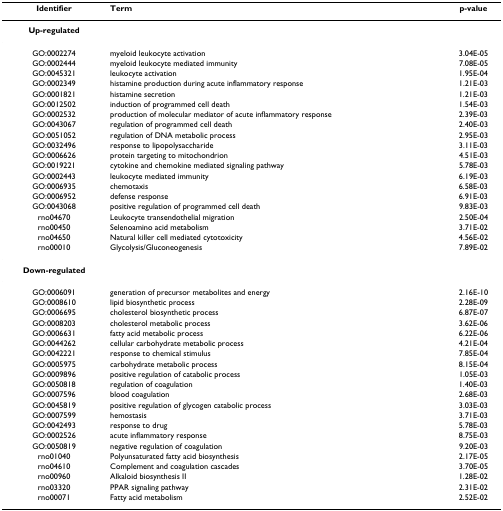
<table><thead><tr><td><b>Identifier</b></td><td><b>Term</b></td><td><b>p-value</b></td></tr></thead><tbody><tr><td><b>Up-regulated</b></td><td></td><td></td></tr><tr><td>GO:0002274</td><td>myeloid leukocyte activation</td><td>3.04E-05</td></tr><tr><td>GO:0002444</td><td>myeloid leukocyte mediated immunity</td><td>7.08E-05</td></tr><tr><td>GO:0045321</td><td>leukocyte activation</td><td>1.95E-04</td></tr><tr><td>GO:0002349</td><td>histamine production during acute inflammatory response</td><td>1.21E-03</td></tr><tr><td>GO:0001821</td><td>histamine secretion</td><td>1.21E-03</td></tr><tr><td>GO:0012502</td><td>induction of programmed cell death</td><td>1.54E-03</td></tr><tr><td>GO:0002532</td><td>production of molecular mediator of acute inflammatory response</td><td>2.39E-03</td></tr><tr><td>GO:0043067</td><td>regulation of programmed cell death</td><td>2.40E-03</td></tr><tr><td>GO:0051052</td><td>regulation of DNA metabolic process</td><td>2.95E-03</td></tr><tr><td>GO:0032496</td><td>response to lipopolysaccharide</td><td>3.11E-03</td></tr><tr><td>GO:0006626</td><td>protein targeting to mitochondrion</td><td>4.51E-03</td></tr><tr><td>GO:0019221</td><td>cytokine and chemokine mediated signaling pathway</td><td>5.78E-03</td></tr><tr><td>GO:0002443</td><td>leukocyte mediated immunity</td><td>6.19E-03</td></tr><tr><td>GO:0006935</td><td>chemotaxis</td><td>6.58E-03</td></tr><tr><td>GO:0006952</td><td>defense response</td><td>6.91E-03</td></tr><tr><td>GO:0043068</td><td>positive regulation of programmed cell death</td><td>9.83E-03</td></tr><tr><td>rno04670</td><td>Leukocyte transendothelial migration</td><td>2.50E-04</td></tr><tr><td>rno00450</td><td>Selenoamino acid metabolism</td><td>3.71E-02</td></tr><tr><td>rno04650</td><td>Natural killer cell mediated cytotoxicity</td><td>4.56E-02</td></tr><tr><td>rno00010</td><td>Glycolysis/Gluconeogenesis</td><td>7.89E-02</td></tr><tr><td><b>Down-regulated</b></td><td></td><td></td></tr><tr><td>GO:0006091</td><td>generation of precursor metabolites and energy</td><td>2.16E-10</td></tr><tr><td>GO:0008610</td><td>lipid biosynthetic process</td><td>2.28E-09</td></tr><tr><td>GO:0006695</td><td>cholesterol biosynthetic process</td><td>6.87E-07</td></tr><tr><td>GO:0008203</td><td>cholesterol metabolic process</td><td>3.62E-06</td></tr><tr><td>GO:0006631</td><td>fatty acid metabolic process</td><td>6.22E-06</td></tr><tr><td>GO:0044262</td><td>cellular carbohydrate metabolic process</td><td>4.21E-04</td></tr><tr><td>GO:0042221</td><td>response to chemical stimulus</td><td>7.85E-04</td></tr><tr><td>GO:0005975</td><td>carbohydrate metabolic process</td><td>8.15E-04</td></tr><tr><td>GO:0009896</td><td>positive regulation of catabolic process</td><td>1.05E-03</td></tr><tr><td>GO:0050818</td><td>regulation of coagulation</td><td>1.40E-03</td></tr><tr><td>GO:0007596</td><td>blood coagulation</td><td>2.68E-03</td></tr><tr><td>GO:0045819</td><td>positive regulation of glycogen catabolic process</td><td>3.03E-03</td></tr><tr><td>GO:0007599</td><td>hemostasis</td><td>3.71E-03</td></tr><tr><td>GO:0042493</td><td>response to drug</td><td>5.78E-03</td></tr><tr><td>GO:0002526</td><td>acute inflammatory response</td><td>8.75E-03</td></tr><tr><td>GO:0050819</td><td>negative regulation of coagulation</td><td>9.20E-03</td></tr><tr><td>rno01040</td><td>Polyunsaturated fatty acid biosynthesis</td><td>2.17E-05</td></tr><tr><td>rno04610</td><td>Complement and coagulation cascades</td><td>3.70E-05</td></tr><tr><td>rno00960</td><td>Alkaloid biosynthesis II</td><td>1.28E-02</td></tr><tr><td>rno03320</td><td>PPAR signaling pathway</td><td>2.31E-02</td></tr><tr><td>rno00071</td><td>Fatty acid metabolism</td><td>2.52E-02</td></tr></tbody></table>